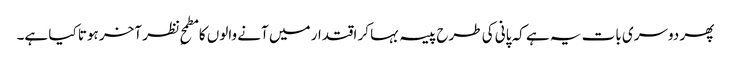
پھر دوسری بات یہ ہے کہ پانی کی طرح پیسہ بہا کر اقتدار میں آنے والوں کا مطمحِ نظر آخر ہوتا کیا ہے۔